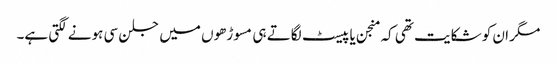
مگر ان کو شکایت تھی کہ منجن یا پیسٹ لگاتے ہی مسوڑھوں میں جلن سی ہونے لگتی ہے۔